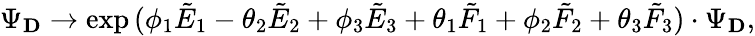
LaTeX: \Psi_{\mathbf D}\rightarrow\exp{(\phi_{1}{\tilde{E}}_{1}-\theta_{2}{\tilde{E}}_{2}+\phi_{3}{\tilde{E}}_{3}+\theta_{1}{\tilde{F}}_{1}+\phi_{2}{\tilde{F}}_{2}+\theta_{3}{\tilde{F}}_{3})}\cdot\Psi_{\mathbf D},